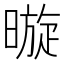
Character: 暶